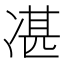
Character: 𠗮